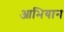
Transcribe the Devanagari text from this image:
आभियान